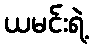
ယမင်းရဲ့